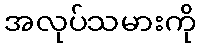
အလုပ်သမားကို